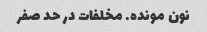
نون مونده. مخلفات در حد صفر